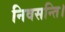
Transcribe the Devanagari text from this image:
निवसन्ति।